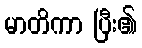
မာတိကာ ပြီး၏